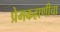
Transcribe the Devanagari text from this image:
प्रेमकहाणीचा